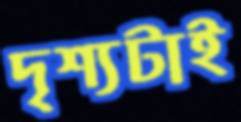
দৃশ্যটাই